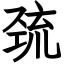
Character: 巯